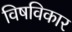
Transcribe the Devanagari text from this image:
विषविकार